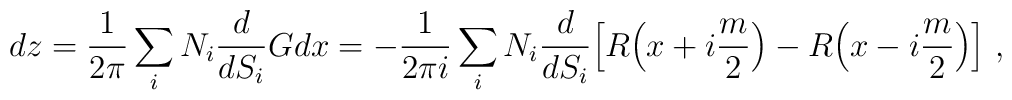
dz=\frac{1}{2\pi}\sum_iN_i\frac{d}{dS_i}Gdx=-\frac{1}{2\pi i}\sum_iN_i\frac{d}{dS_i}\Big[R\Big(x+i\frac{m}{2}\Big)-R\Big(x-i\frac{m}{2}\Big)\Big] \ ,